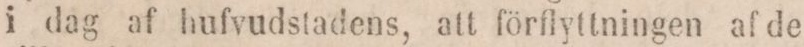
i dag af hufvudstadens, att förflyttningen af de